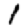
Digit: 1